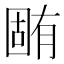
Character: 𣎏